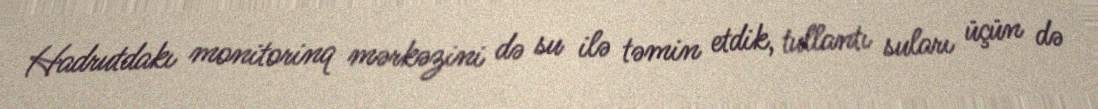
Hadrutdakı monitorinq mərkəzini də su ilə təmin etdik, tullantı suları üçün də